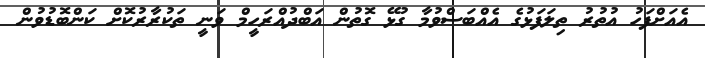
އެއަށްފަހު އުތުރު ތިލަފަޅުގެ އެއްބަސްވުމާ ގުޅޭ ގޮތުން އަބްދުއްރަހީމް ވަނީ ތަކުރާރުކޮށް ކަންބޮޑުވުން